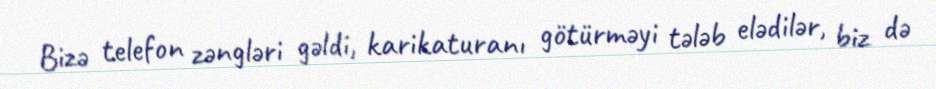
Bizə telefon zəngləri gəldi, karikaturanı götürməyi tələb elədilər, biz də